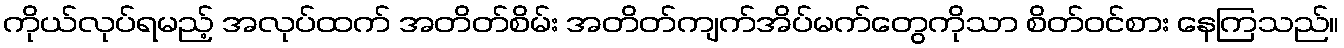
ကိုယ်လုပ်ရမည့် အလုပ်ထက် အတိတ်စိမ်း အတိတ်ကျက်အိပ်မက်တွေကိုသာ စိတ်ဝင်စား နေကြသည်။